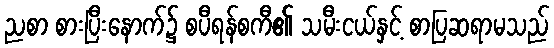
ညစာ စားပြီးနောက်၌ စပီရန်စကီ၏ သမီးငယ်နှင့် စာပြဆရာမသည်